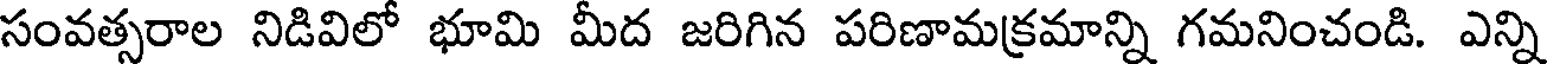
సంవత్సరాల నిడివిలో భూమి మీద జరిగిన పరిణామక్రమాన్ని గమనించండి. ఎన్ని